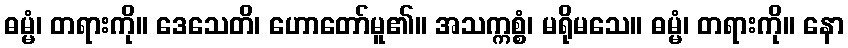
ဓမ္မံ၊ တရားကို။ ဒေသေတိ၊ ဟောတော်မူ၏။ အသက္ကစ္စံ၊ မရိုမသေ။ ဓမ္မံ၊ တရားကို။ နော